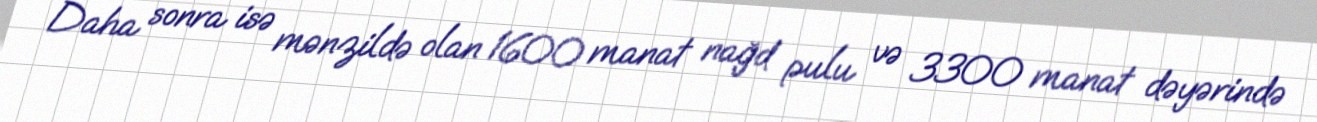
Daha sonra isə mənzildə olan 1600 manat nağd pulu və 3300 manat dəyərində